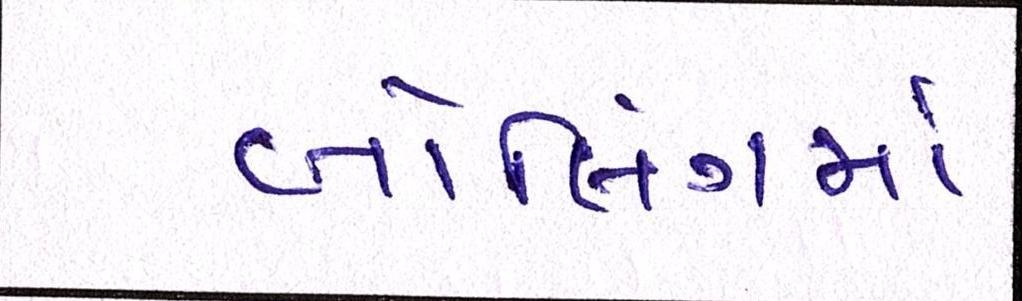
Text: બોલિંગમાં